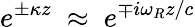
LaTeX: e^{\pm\kappa z}~\approx~e^{\mp i\omega_{R}z/c}